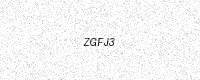
Text: ZGFJ3